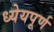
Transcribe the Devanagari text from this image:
ध्येयपूर्ण